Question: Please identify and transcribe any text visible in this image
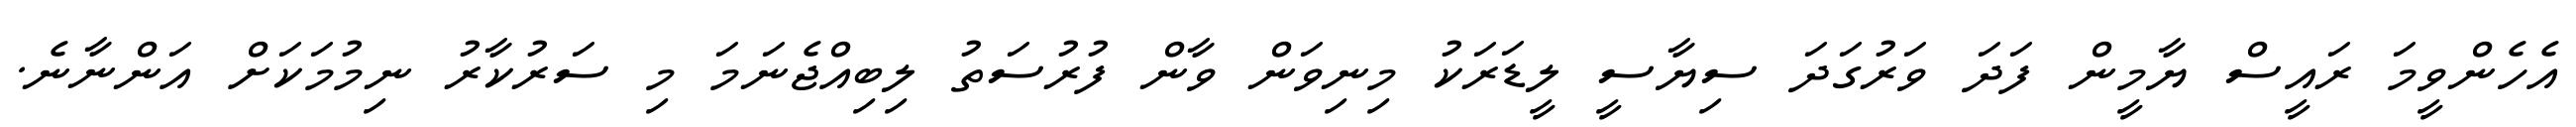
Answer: އެހެންވީމަ ރައީސް ޔާމީން ފަދަ ވަރުގަދަ ސިޔާސީ ލީޑަރަކު މިނިވަން ވާން ފުރުސަތު ލިބިއްޖެނަމަ މި ސަރުކާރު ނިމުމަކަށް އަންނާނެ.